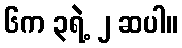
၆က ၃ရဲ့ ၂ ဆပါ။